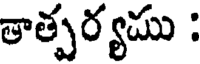
తాత్పర్యము :